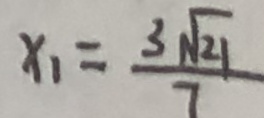
x _ { 1 } = \frac { 3 \sqrt { 2 1 } } { 7 }